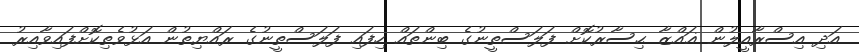
އަދި އިސްރާއީލުން ޣައްޒާ ޙިސާރުކޮށް ފަލަސްތީނުގެ ބިންތައް ހިފައި ފަލަސްތީނުގެ ރައްޔިތުން އަޅުވެތިކޮށްފައިވާއިރު